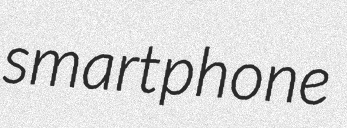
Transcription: smartphone